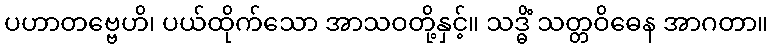
ပဟာတဗ္ဗေဟိ၊ ပယ်ထိုက်သော အာသဝတို့နှင့်။ သဒ္ဓိံ သတ္တဝိဓေန အာဂတာ။